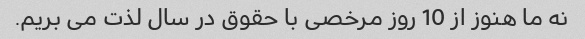
نه ما هنوز از 10 روز مرخصی با حقوق در سال لذت می بریم.